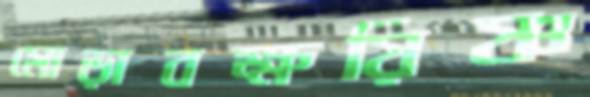
মোড়াবক্ষয়িষ্ণ